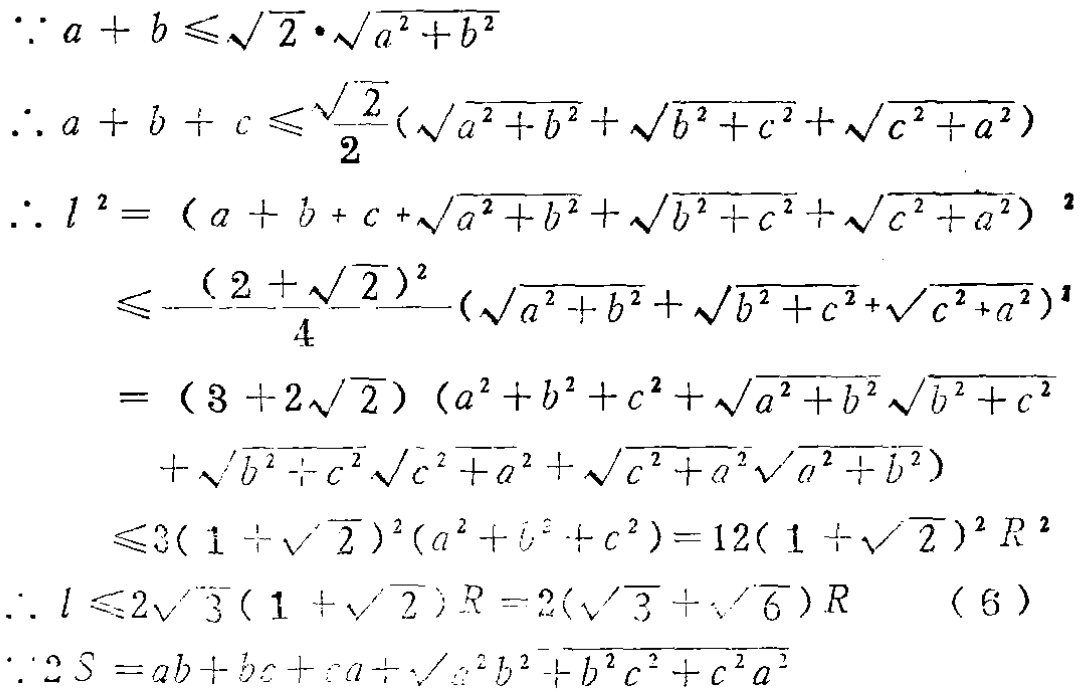
\(\because a + b \leq\sqrt{2}\cdot\sqrt{a^{2}+b^{2}}\)
\(\therefore a + b + c \leq\frac{\sqrt{2}}{2}(\sqrt{a^{2}+b^{2}}+\sqrt{b^{2}+c^{2}}+\sqrt{c^{2}+a^{2}})\)
\(\therefore l^{2}=(a + b + c+\sqrt{a^{2}+b^{2}}+\sqrt{b^{2}+c^{2}}+\sqrt{c^{2}+a^{2}})^{2}\)
\(\leq\frac{(2 +\sqrt{2})^{2}}{4}(\sqrt{a^{2}+b^{2}}+\sqrt{b^{2}+c^{2}}+\sqrt{c^{2}+a^{2}})^{2}\)
\(=(3 + 2\sqrt{2})(a^{2}+b^{2}+c^{2}+\sqrt{a^{2}+b^{2}}\sqrt{b^{2}+c^{2}}\)
\(+\sqrt{b^{2}+c^{2}}\sqrt{c^{2}+a^{2}}+\sqrt{c^{2}+a^{2}}\sqrt{a^{2}+b^{2}})\)
\(\leq3(1+\sqrt{2})^{2}(a^{2}+b^{2}+c^{2}) = 12(1+\sqrt{2})^{2}R^{2}\)
\(\therefore l \leq2\sqrt{3}(1+\sqrt{2})R=2(\sqrt{3}+\sqrt{6})R\quad(6)\)
\(\because 2S = ab + bc+ca+\sqrt{a^{2}b^{2}+b^{2}c^{2}+c^{2}a^{2}}\)